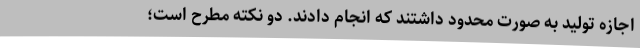
اجازه تولید به صورت محدود داشتند که انجام دادند. دو نکته مطرح است؛